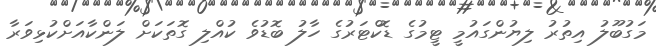
މަގުބޫލު އިތުރު ލިޔުންގައުމީ ޓީމުގެ ޑޮކްޓަރުގެ ހާލު ބޮޑުވެ ކުއްލި ގޮތަކަށް ލަންކާއަށްކުޅިވަރާ